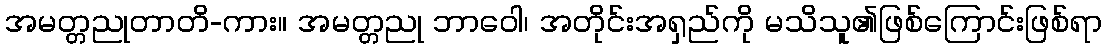
အမတ္တညုတာတိ-ကား။ အမတ္တညု ဘာဝေါ၊ အတိုင်းအရှည်ကို မသိသူ၏ဖြစ်ကြောင်းဖြစ်ရာ